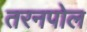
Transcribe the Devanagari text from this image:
तरनपोल